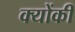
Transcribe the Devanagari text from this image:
क्‍योंकी